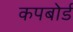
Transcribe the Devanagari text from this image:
कपबोर्ड